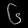
Digit: ၆